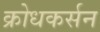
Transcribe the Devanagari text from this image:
क्रोधकर्सन